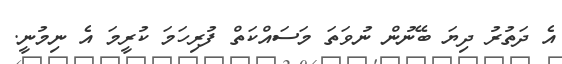
އެ ދަތުރު ދިޔަ ބޭނުން ނުވަތަ މަސައްކަތް ފުރިހަމަ ކުރީމަ އެ ނިމުނީ.